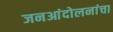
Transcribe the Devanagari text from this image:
जनआंदोलनांचा